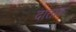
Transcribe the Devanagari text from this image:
दातांक